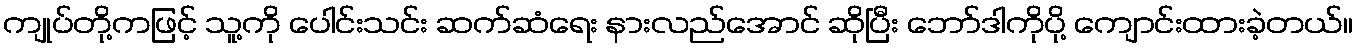
ကျုပ်တို့ကဖြင့် သူ့ကို ပေါင်းသင်း ဆက်ဆံရေး နားလည်အောင် ဆိုပြီး ဘော်ဒါကိုပို့ ကျောင်းထားခဲ့တယ်။